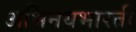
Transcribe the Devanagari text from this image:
अभिनयभारती